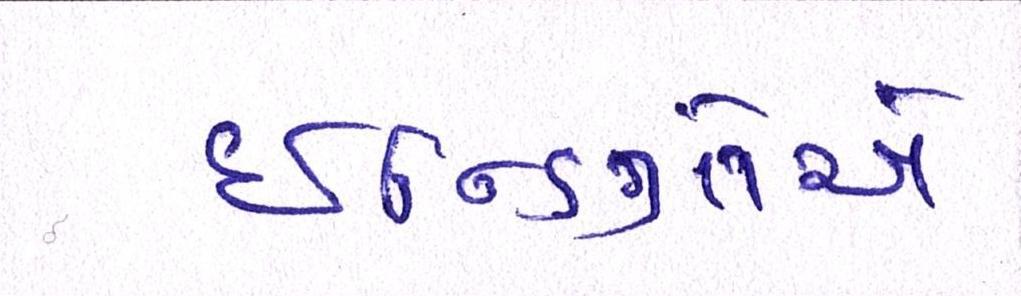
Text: ઇન્ડિગોએ